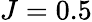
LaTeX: J=0.5